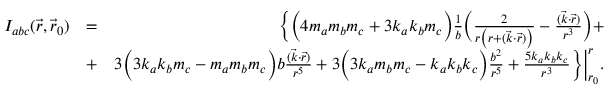
\begin{array} { r l r } { { \cal I } _ { a b c } ( \vec { r } , \vec { r } _ { 0 } ) } & { = } & { \Big \{ \Big ( 4 m _ { a } m _ { b } m _ { c } + 3 k _ { a } k _ { b } m _ { c } \Big ) \frac { 1 } { b } \Big ( \frac { 2 } { r \big ( r + ( \vec { k } \cdot \vec { r } ) \big ) } - \frac { ( \vec { k } \cdot \vec { r } ) } { r ^ { 3 } } \Big ) + } \\ & { + } & { 3 \Big ( 3 k _ { a } k _ { b } m _ { c } - m _ { a } m _ { b } m _ { c } \Big ) b \frac { ( \vec { k } \cdot \vec { r } ) } { r ^ { 5 } } + 3 \Big ( 3 k _ { a } m _ { b } m _ { c } - k _ { a } k _ { b } k _ { c } \Big ) \frac { b ^ { 2 } } { r ^ { 5 } } + \frac { 5 k _ { a } k _ { b } k _ { c } } { r ^ { 3 } } \Big \} \Big | _ { r _ { 0 } } ^ { r } . } \end{array}